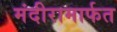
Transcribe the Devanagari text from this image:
मंदीरामार्फत